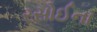
રસોઈના